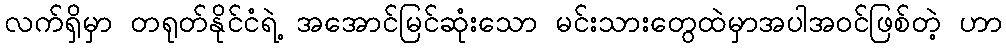
လက်ရှိမှာ တရုတ်နိုင်ငံရဲ့ အအောင်မြင်ဆုံးသော မင်းသားတွေထဲမှာအပါအဝင်ဖြစ်တဲ့ ဟာ